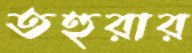
তহুরার